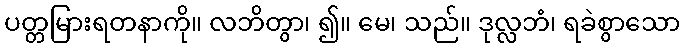
ပတ္တမြားရတနာကို။ လဘိတွာ၊ ၍။ မေ၊ သည်။ ဒုလ္လဘံ၊ ရခဲစွာသော